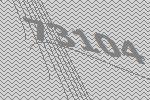
73104